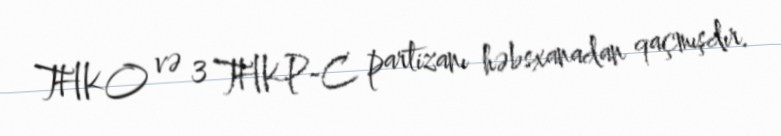
THKO və 3 THKP-C partizanı həbsxanadan qaçmışdır.